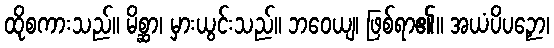
ထိုစကားသည်။ မိစ္ဆာ၊ မှားယွင်းသည်။ ဘဝေယျ၊ ဖြစ်ရာ၏။ အယံပိပဉှော၊